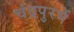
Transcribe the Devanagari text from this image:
चंद्रपुरमें